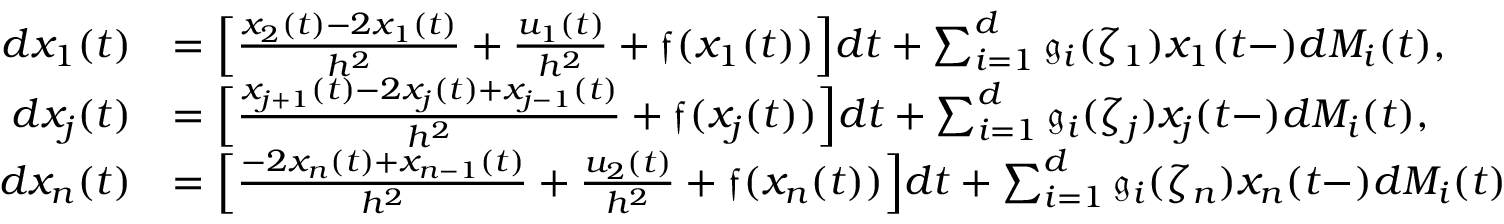
\begin{array} { r l } { d x _ { 1 } ( t ) } & { = \Big [ \frac { x _ { 2 } ( t ) - 2 x _ { 1 } ( t ) } { h ^ { 2 } } + \frac { u _ { 1 } ( t ) } { h ^ { 2 } } + \mathfrak { f } ( x _ { 1 } ( t ) ) \Big ] d t + \sum _ { i = 1 } ^ { d } \mathfrak g _ { i } ( \zeta _ { 1 } ) x _ { 1 } ( t - ) d M _ { i } ( t ) , } \\ { d x _ { j } ( t ) } & { = \Big [ \frac { x _ { j + 1 } ( t ) - 2 x _ { j } ( t ) + x _ { j - 1 } ( t ) } { h ^ { 2 } } + \mathfrak { f } ( x _ { j } ( t ) ) \Big ] d t + \sum _ { i = 1 } ^ { d } \mathfrak g _ { i } ( \zeta _ { j } ) x _ { j } ( t - ) d M _ { i } ( t ) , } \\ { d x _ { n } ( t ) } & { = \Big [ \frac { - 2 x _ { n } ( t ) + x _ { n - 1 } ( t ) } { h ^ { 2 } } + \frac { u _ { 2 } ( t ) } { h ^ { 2 } } + \mathfrak { f } ( x _ { n } ( t ) ) \Big ] d t + \sum _ { i = 1 } ^ { d } \mathfrak g _ { i } ( \zeta _ { n } ) x _ { n } ( t - ) d M _ { i } ( t ) } \end{array}